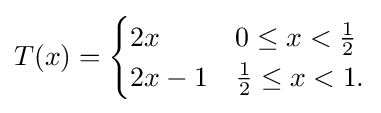
T(x)={\begin{cases}2x&0\leq x<{\frac {1}{2}}\\2x-1&{\frac {1}{2}}\leq x<1.\end{cases}}